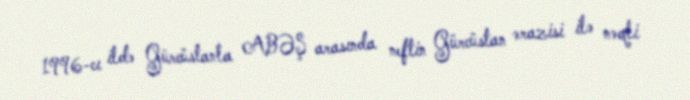
1996-cı ildə Gürcüstanla ABƏŞ arasında neftin Gürcüstan ərazisi ilə nəqli